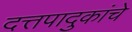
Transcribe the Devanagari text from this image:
दत्तपादुकांचे